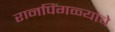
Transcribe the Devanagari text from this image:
रानपिंगळ्याचे